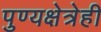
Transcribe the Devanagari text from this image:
पुण्यक्षेत्रेही